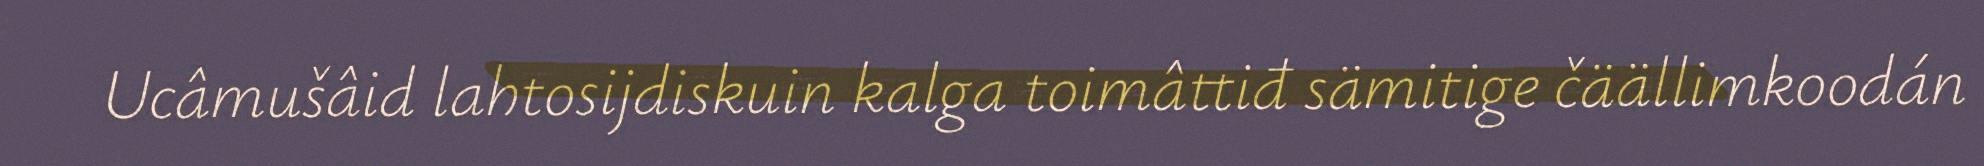
Ucâmušâid lahtosijdiskuin kalga toimâttiđ sämitige čäällimkoodán